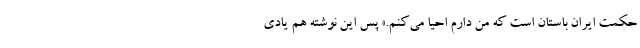
حکمت ایران باستان است که من دارم احیا می‌کنم.» پس این نوشته هم یادی